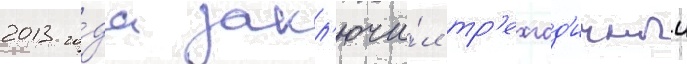
2013 го́да закл'ючи́л тр'ехгод'ичныи